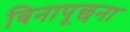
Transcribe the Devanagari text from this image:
बिनापूछना